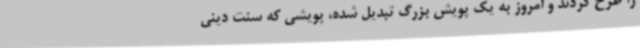
را طرح کردند و امروز به یک پویش بزرگ تبدیل شده، پویشی که سنت دینی